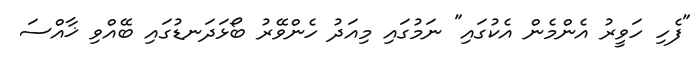
"ފެހި ހަވީރު އެންމެން އެކުގައި" ނަމުގައި މިއަދު ހެންވޭރު ބޯޅަދަނޑުގައި ބޭއްވި ޚާއްސަ